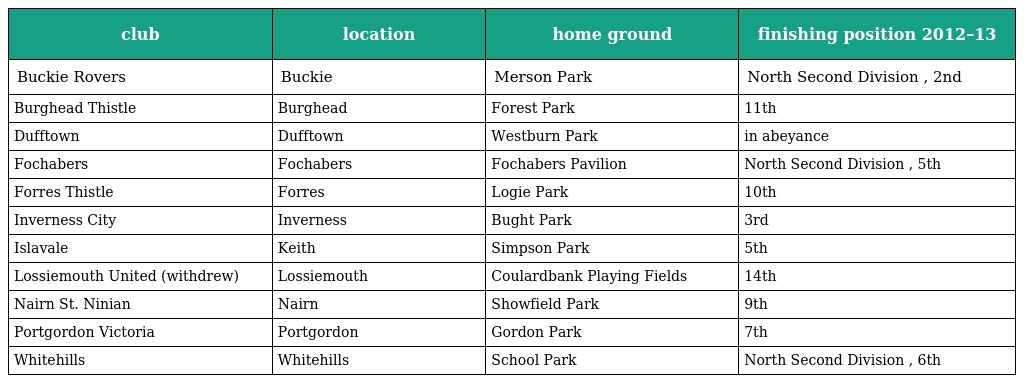
| club | location | home ground | finishing position 2012–13 |
 | --- | --- | --- | --- |
 | Buckie Rovers | Buckie | Merson Park | North Second Division , 2nd |
 | Burghead Thistle | Burghead | Forest Park | 11th |
 | Dufftown | Dufftown | Westburn Park | in abeyance |
 | Fochabers | Fochabers | Fochabers Pavilion | North Second Division , 5th |
 | Forres Thistle | Forres | Logie Park | 10th |
 | Inverness City | Inverness | Bught Park | 3rd |
 | Islavale | Keith | Simpson Park | 5th |
 | Lossiemouth United (withdrew) | Lossiemouth | Coulardbank Playing Fields | 14th |
 | Nairn St. Ninian | Nairn | Showfield Park | 9th |
 | Portgordon Victoria | Portgordon | Gordon Park | 7th |
 | Whitehills | Whitehills | School Park | North Second Division , 6th |